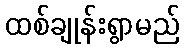
ထစ်ချုန်းရွာမည်